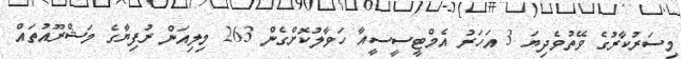
މިސަރުކާރުގެ ވޭތުވެދިޔަ 3 އަހަރު އެމްޓީސީސީއާ ހަވާލުކޮށްގެން 263 މިލިއަން ރުފިޔާގެ މަޝްރޫއުތައް